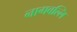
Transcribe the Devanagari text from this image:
नागवल्लि